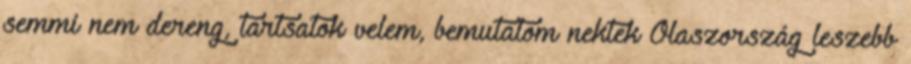
semmi nem dereng, tartsatok velem, bemutatom nektek Olaszország leszebb